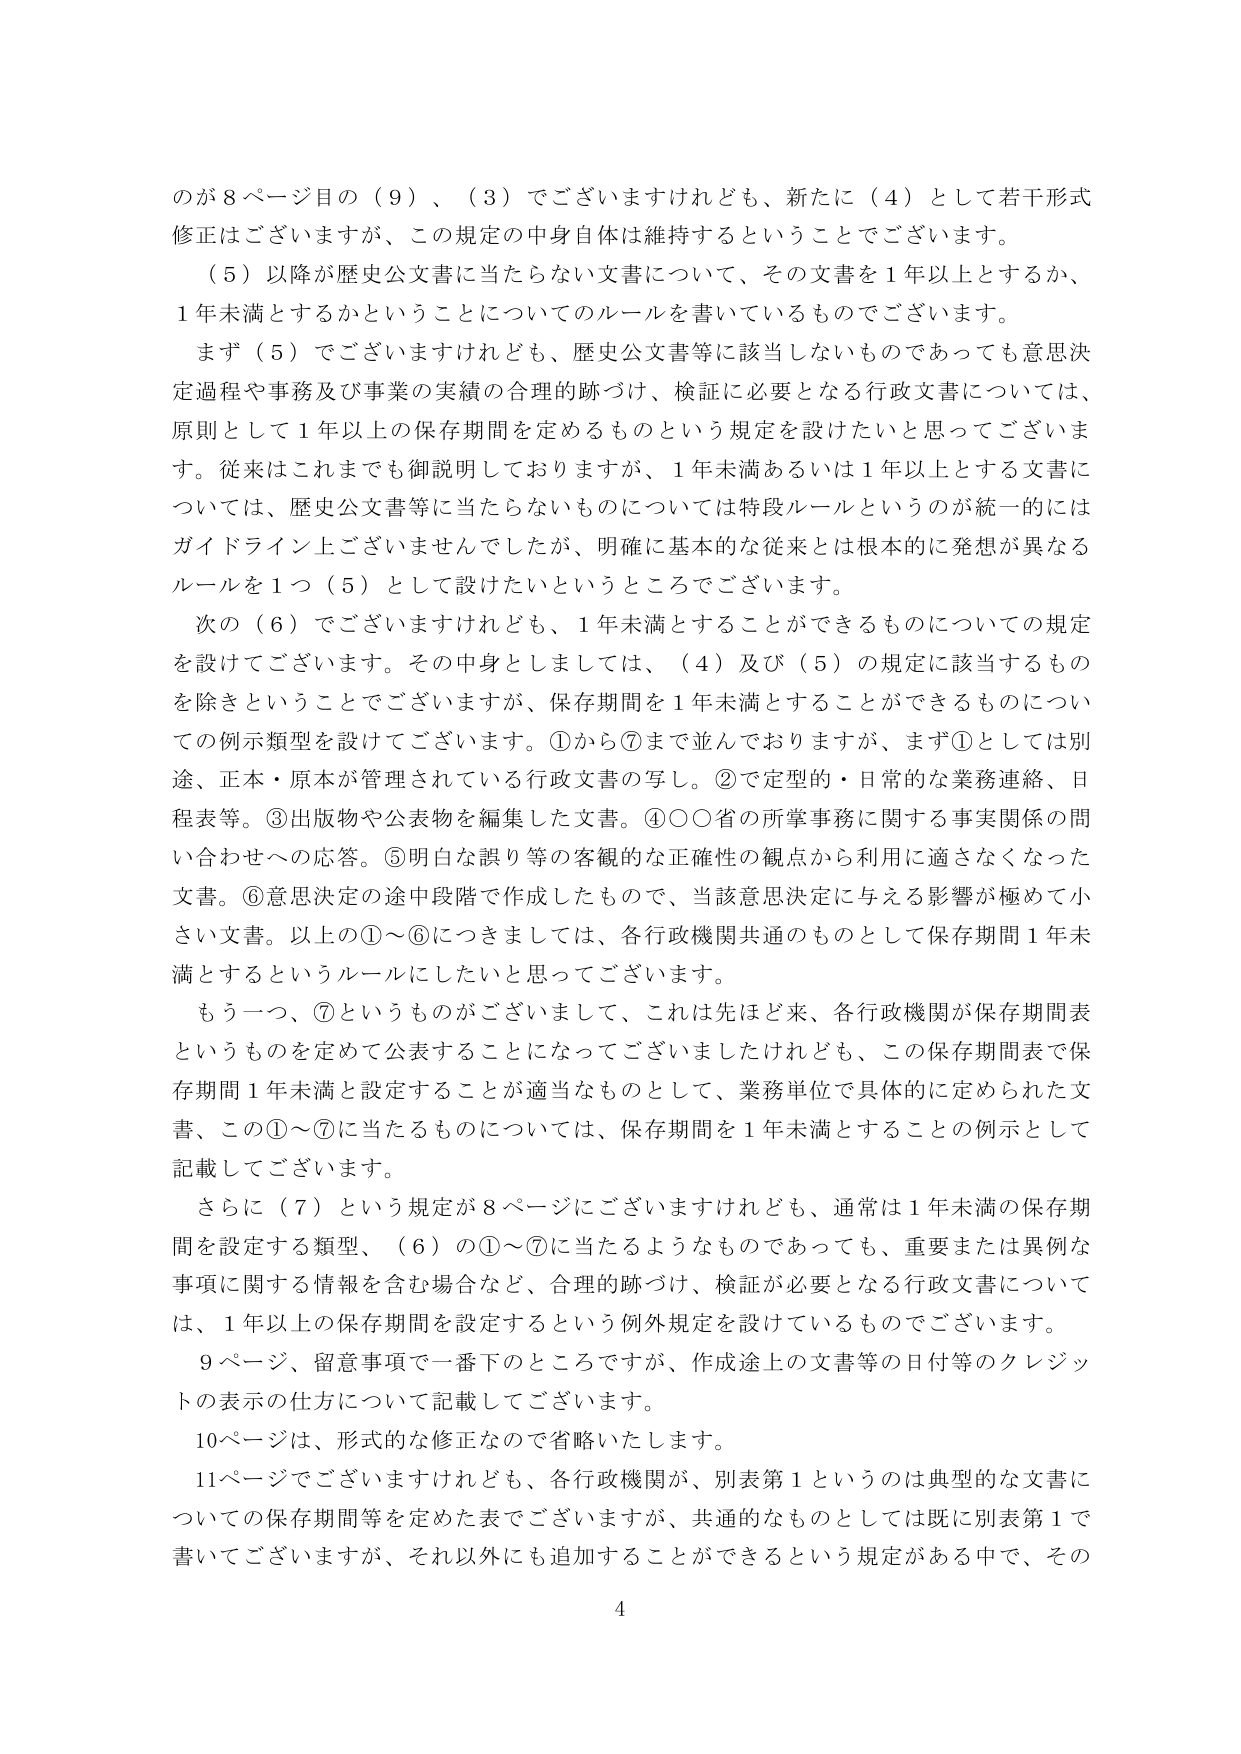
のが８ページ目の（９）、（３）でございますけれども、新たに（４）として若干形式修正はございますが、この規定の中身自体は維持するということでございます。

（５）以降が歴史公文書に当たらない文書について、その文書を１年以上とするか、１年未満とするかということについてのルールを書いているものでございます。

まず（５）でございますけれども、歴史公文書等に該当しないものであっても意思決定過程や事務及び事業の実績の合理的跡づけ、検証に必要となる行政文書については、原則として１年以上の保存期間を定めるものという規定を設けたいと思ってございます。従来はこれまでも御説明しておりますが、１年未満あるいは１年以上とする文書については、歴史公文書等に当たらないものについては特段ルールというのが統一的にはガイドライン上ございませんでしたが、明確に基本的な従来とは根本的に発想が異なるルールを１つ（５）として設けたいというところでございます。

次の（６）でございますけれども、１年未満とすることができるものについての規定を設けてございます。その中身としましては、（４）及び（５）の規定に該当するものを除きということでございますが、保存期間を１年未満とすることができるものについての例示類型を設けてございます。①から⑦まで並んでおりますが、まず①としては別途、正本・原本が管理されている行政文書の写し。②で定型的・日常的な業務連絡、日程表等。③出版物や公表物を編集した文書。④○○省の所掌事務に関する事実関係の問い合わせへの応答。⑤明白な誤り等の客観的な正確性の観点から利用に適さなくなった文書。⑥意思決定の途中段階で作成したもので、当該意思決定に与える影響が極めて小さい文書。以上の①～⑥につきましては、各行政機関共通のものとして保存期間１年未満とするというルールにしたいと思ってございます。

もう一つ、⑦というものがございまして、これは先ほど来、各行政機関が保存期間表というものを定めて公表することになってございましたけれども、この保存期間表で保存期間１年未満と設定することが適当なものとして、業務単位で具体的に定められた文書、この①～⑦に当たるものについては、保存期間を１年未満とするものの例示として記載してございます。

さらに（７）という規定が８ページにございますけれども、通常は１年未満の保存期間を設定する類型、（６）の①～⑦に当たるようなものであっても、重要または異例な事項に関する情報を含む場合など、合理的跡づけ、検証が必要となる行政文書については、１年以上の保存期間を設定するという例外規定を設けているものでございます。

９ページ、留意事項で一番下のところですが、作成途上の文書等の日付等のクレジットの表示の仕方について記載してございます。

10ページは、形式的な修正なので省略いたします。

11ページでございますけれども、各行政機関が、別表第１というのは典型的な文書についての保存期間等を定めた表でございますが、共通的なものとしては既に別表第１で書いてございますが、それ以外にも追加することができるという規定がある中で、その

4